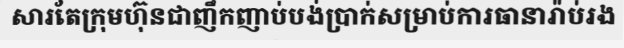
សារតែក្រុមហ៊ុនជាញឹកញាប់បង់ប្រាក់សម្រាប់ការធានារ៉ាប់រង